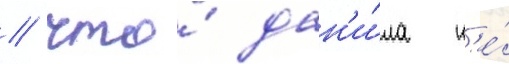
/ что́ дан'и́ла н'е́